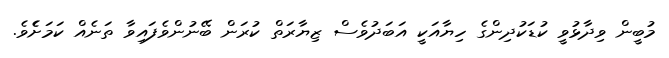
މުބީން ވިދާޅުވީ ކުޑަކުދިންގެ ހިޔާއަކީ އަބަދުވެސް ޒިޔާރަތް ކުރަން ބޭނުންވެފައިވާ ތަނެއް ކަމަށެެވެ.